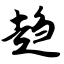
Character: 趋